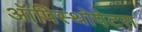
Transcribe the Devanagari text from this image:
ऑपिस्थोपेटस